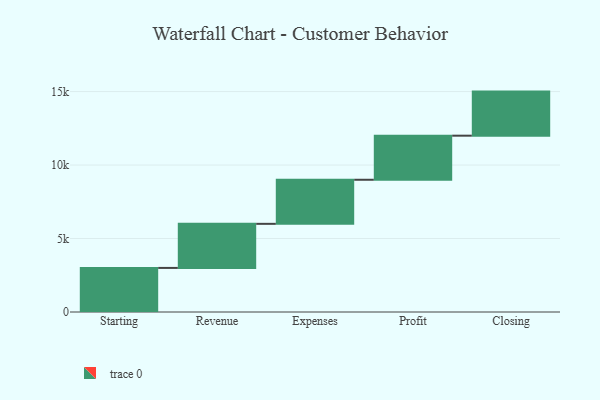
{"axis": {"x": "Step", "y": "Value"}, "legend": [""], "data": [{"x": "Starting", "y": 3000, "type": ""}, {"x": "Revenue", "y": 3000, "type": ""}, {"x": "Expenses", "y": 3000, "type": ""}, {"x": "Profit", "y": 3000, "type": ""}, {"x": "Closing", "y": 3000, "type": ""}]}